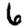
Digit: 6